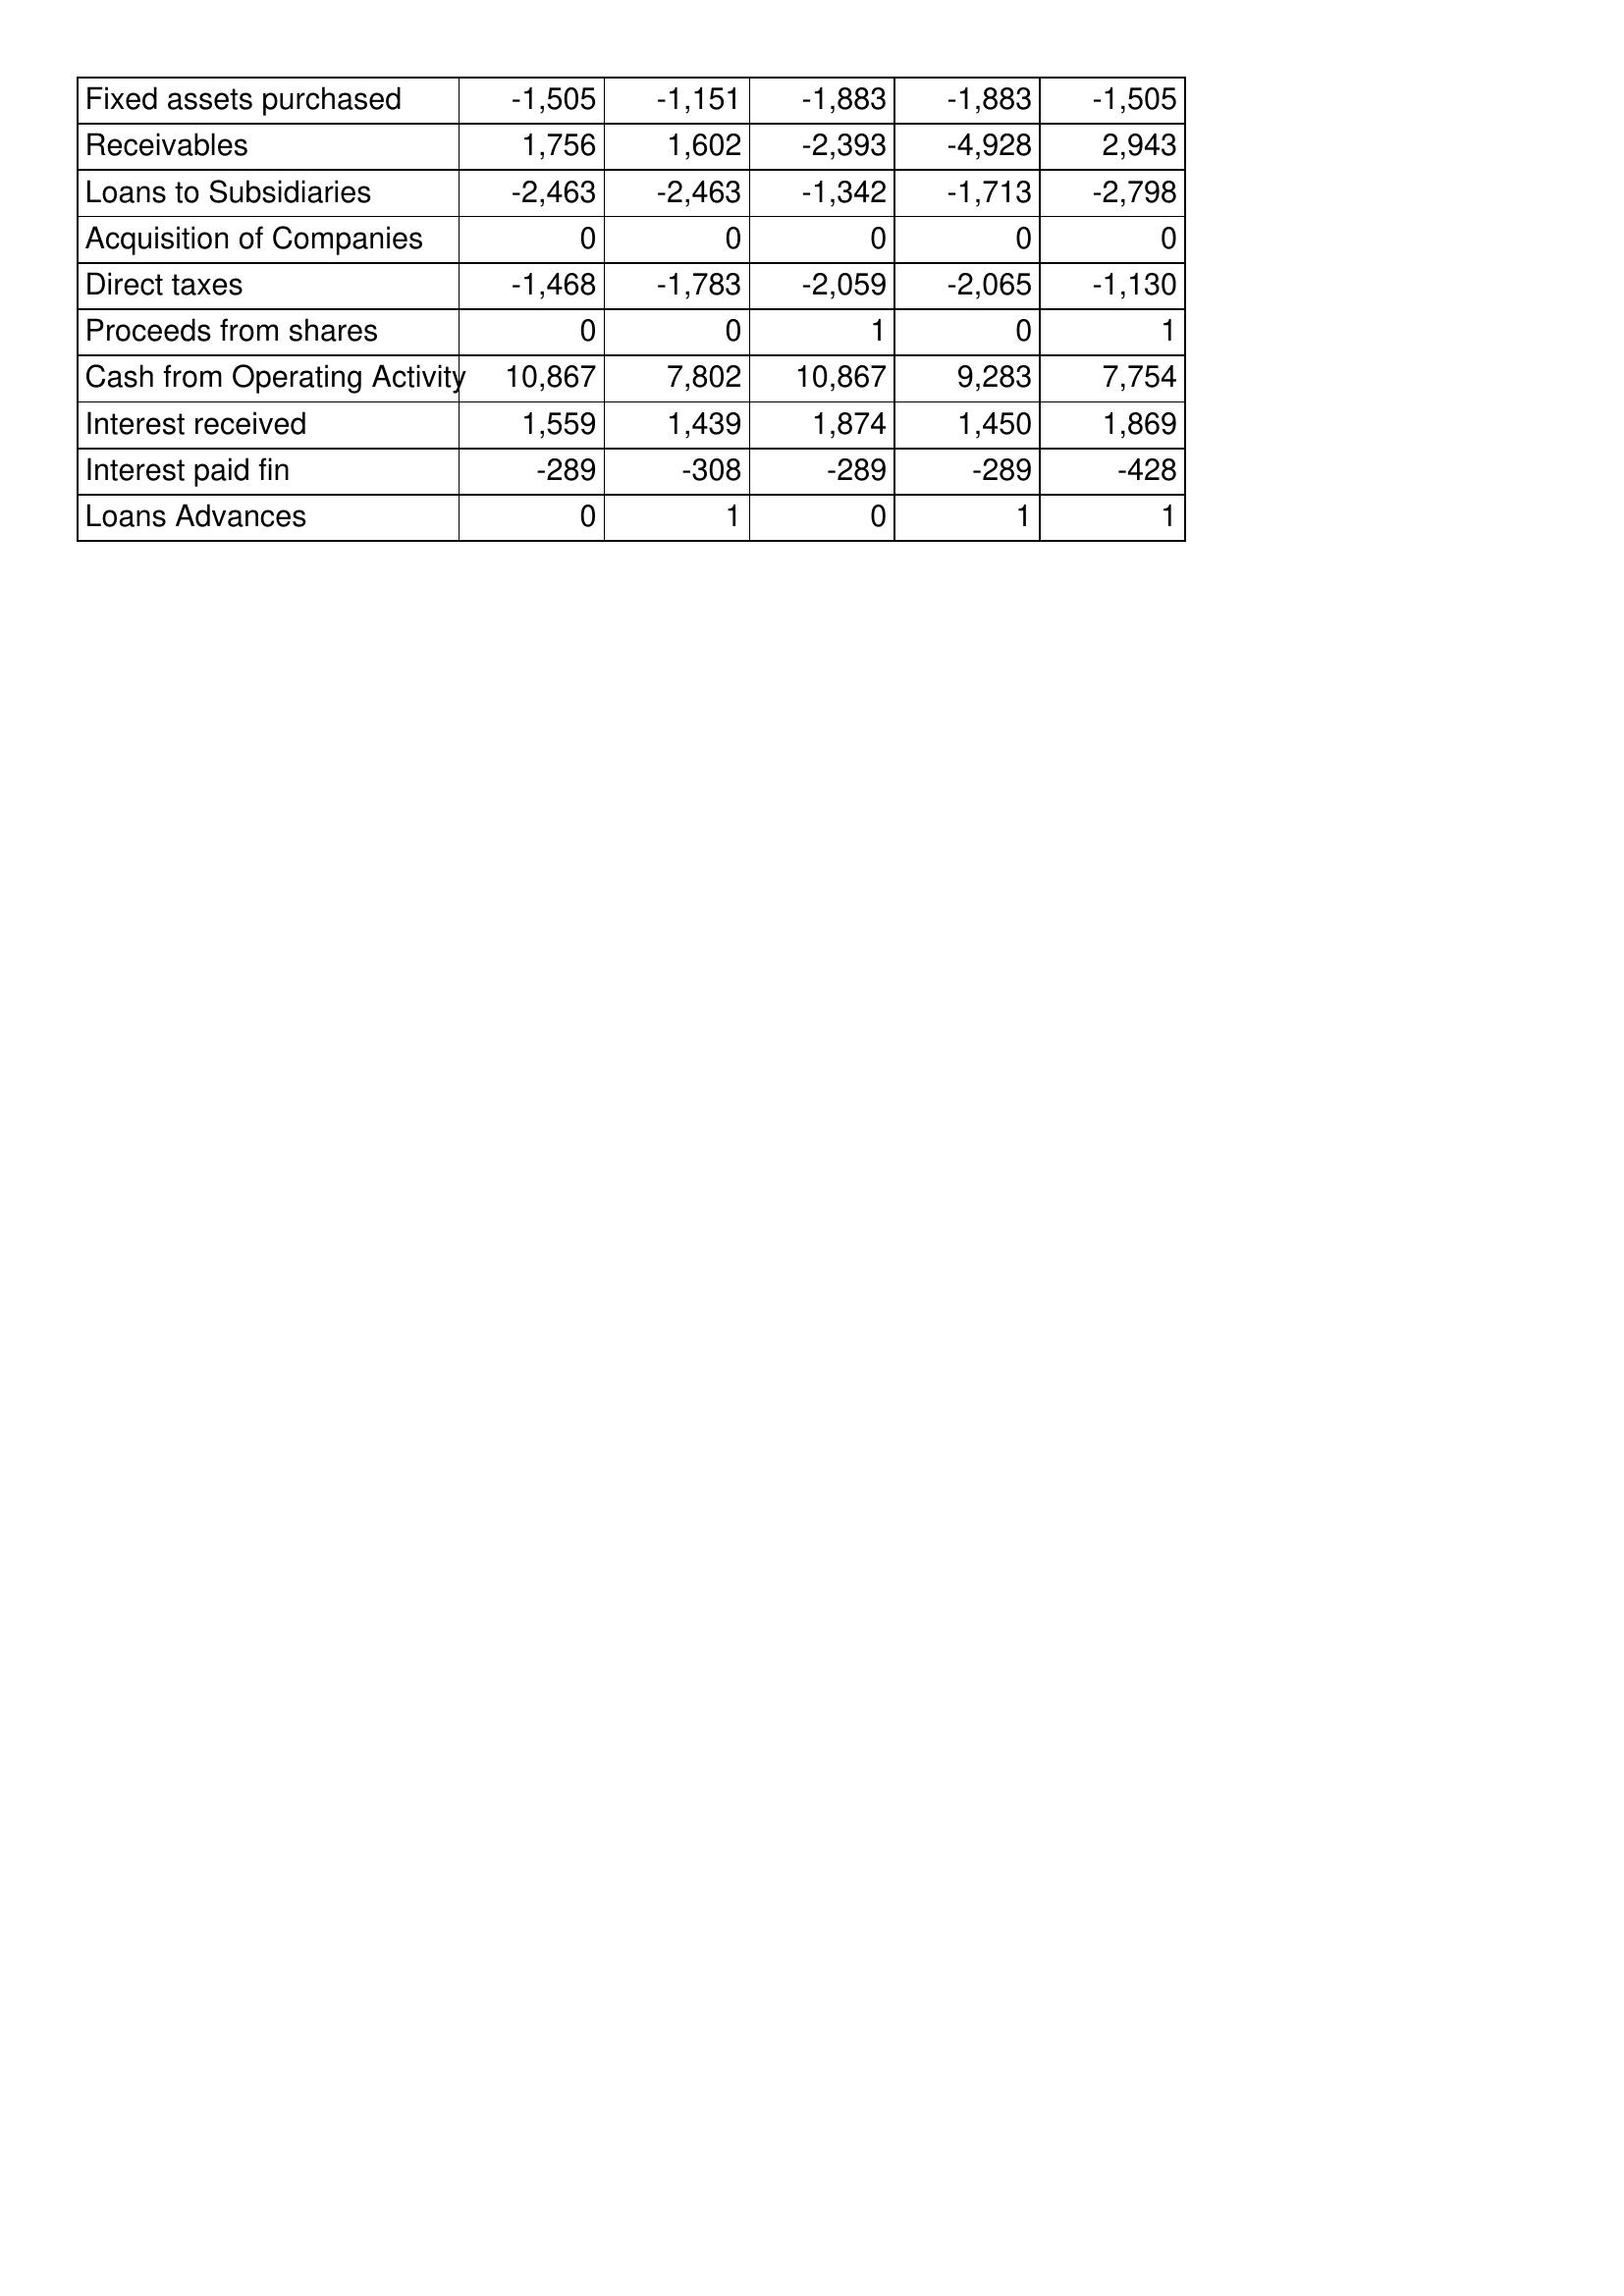
May-09: Cash Flows: Fixed assets purchased: -1,505
Receivables: 1,756
Loans to Subsidiaries: -2,463
Acquisition of Companies: 0
Direct taxes: -1,468
Proceeds from shares: 0
Cash from Operating Activity: 10,867
Interest received: 1,559
Interest paid fin: -289
Loans Advances: 0
May-08: Cash Flows: Fixed assets purchased: -1,151
Receivables: 1,602
Loans to Subsidiaries: -2,463
Acquisition of Companies: 0
Direct taxes: -1,783
Proceeds from shares: 0
Cash from Operating Activity: 7,802
Interest received: 1,439
Interest paid fin: -308
Loans Advances: 1
May-07: Cash Flows: Fixed assets purchased: -1,883
Receivables: -2,393
Loans to Subsidiaries: -1,342
Acquisition of Companies: 0
Direct taxes: -2,059
Proceeds from shares: 1
Cash from Operating Activity: 10,867
Interest received: 1,874
Interest paid fin: -289
Loans Advances: 0
May-06: Cash Flows: Fixed assets purchased: -1,883
Receivables: -4,928
Loans to Subsidiaries: -1,713
Acquisition of Companies: 0
Direct taxes: -2,065
Proceeds from shares: 0
Cash from Operating Activity: 9,283
Interest received: 1,450
Interest paid fin: -289
Loans Advances: 1
May-05: Cash Flows: Fixed assets purchased: -1,505
Receivables: 2,943
Loans to Subsidiaries: -2,798
Acquisition of Companies: 0
Direct taxes: -1,130
Proceeds from shares: 1
Cash from Operating Activity: 7,754
Interest received: 1,869
Interest paid fin: -428
Loans Advances: 1